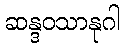
ဆန္ဒဝသာနုဂါ